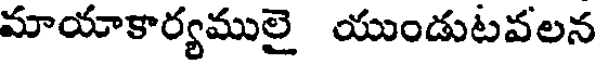
మాయాకార్యములై యుండుటవలన